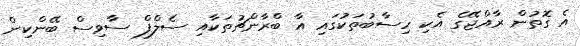
އެ ގޮތުން ރާއްޖޭގެ އެކި ހިސާބުތަކުގައި އާ ބްރާންޗުތަކާއި ސެލްފް ސާވިސް ބޭންކިން